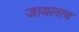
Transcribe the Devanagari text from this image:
जायलाच